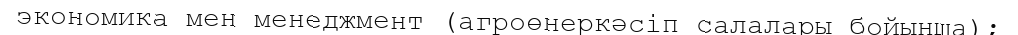
экономика мен менеджмент (агроөнеркәсіп салалары бойынша);